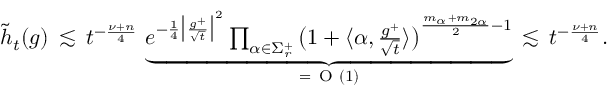
\begin{array} { r } { \widetilde { h } _ { t } ( g ) \, \lesssim \, t ^ { - \frac { \nu + n } { 4 } } \, \underbrace { e ^ { - \frac { 1 } { 4 } \big | \frac { g ^ { + } } { \sqrt { t } } \big | ^ { 2 } } \prod _ { \alpha \in \Sigma _ { r } ^ { + } } \big ( 1 + \langle { \alpha , \frac { g ^ { + } } { \sqrt { t } } } \rangle \big ) ^ { \frac { m _ { \alpha } + m _ { 2 \alpha } } { 2 } - 1 } } _ { = \, \textrm { O } ( 1 ) } \, \lesssim \, t ^ { - \frac { \nu + n } { 4 } } . } \end{array}